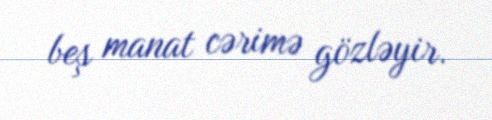
beş manat cərimə gözləyir.